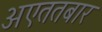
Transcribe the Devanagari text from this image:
अएततबार